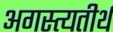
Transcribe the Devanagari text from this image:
अगस्त्यतीर्थ